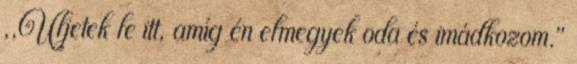
,,Üljetek le itt, amíg én elmegyek oda és imádkozom.''